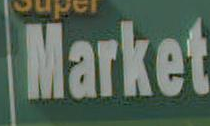
Market